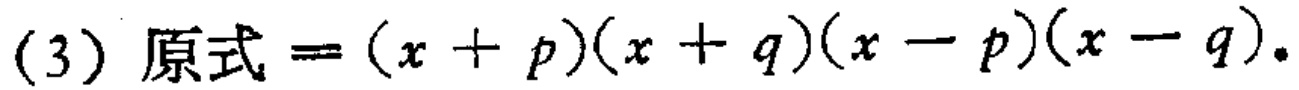
(3) 原式$=(x + p)(x + q)(x - p)(x - q)$.